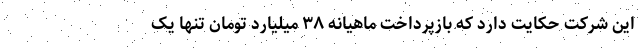
این شرکت حکایت دارد که بازپرداخت ماهیانه ۳۸ میلیارد تومان تنها یک